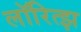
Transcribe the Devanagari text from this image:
लॉरित्झ